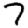
Digit: 7